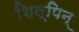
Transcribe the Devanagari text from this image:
शिल्पिन्